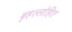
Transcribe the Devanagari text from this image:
बृहल्लोहित